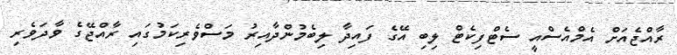
ރާއްޖެއަށް އެމްއެސްއީ ސެޓްފިކެޓް ލިބި އޭގެ ފައިދާ ލިބެމުންދާއިރު މަސްވެރިކަމުގައި ރާއްޖޭގެ ވާދަވެރި